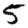
Digit: 5